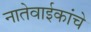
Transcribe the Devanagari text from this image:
नातेवाईकांचे